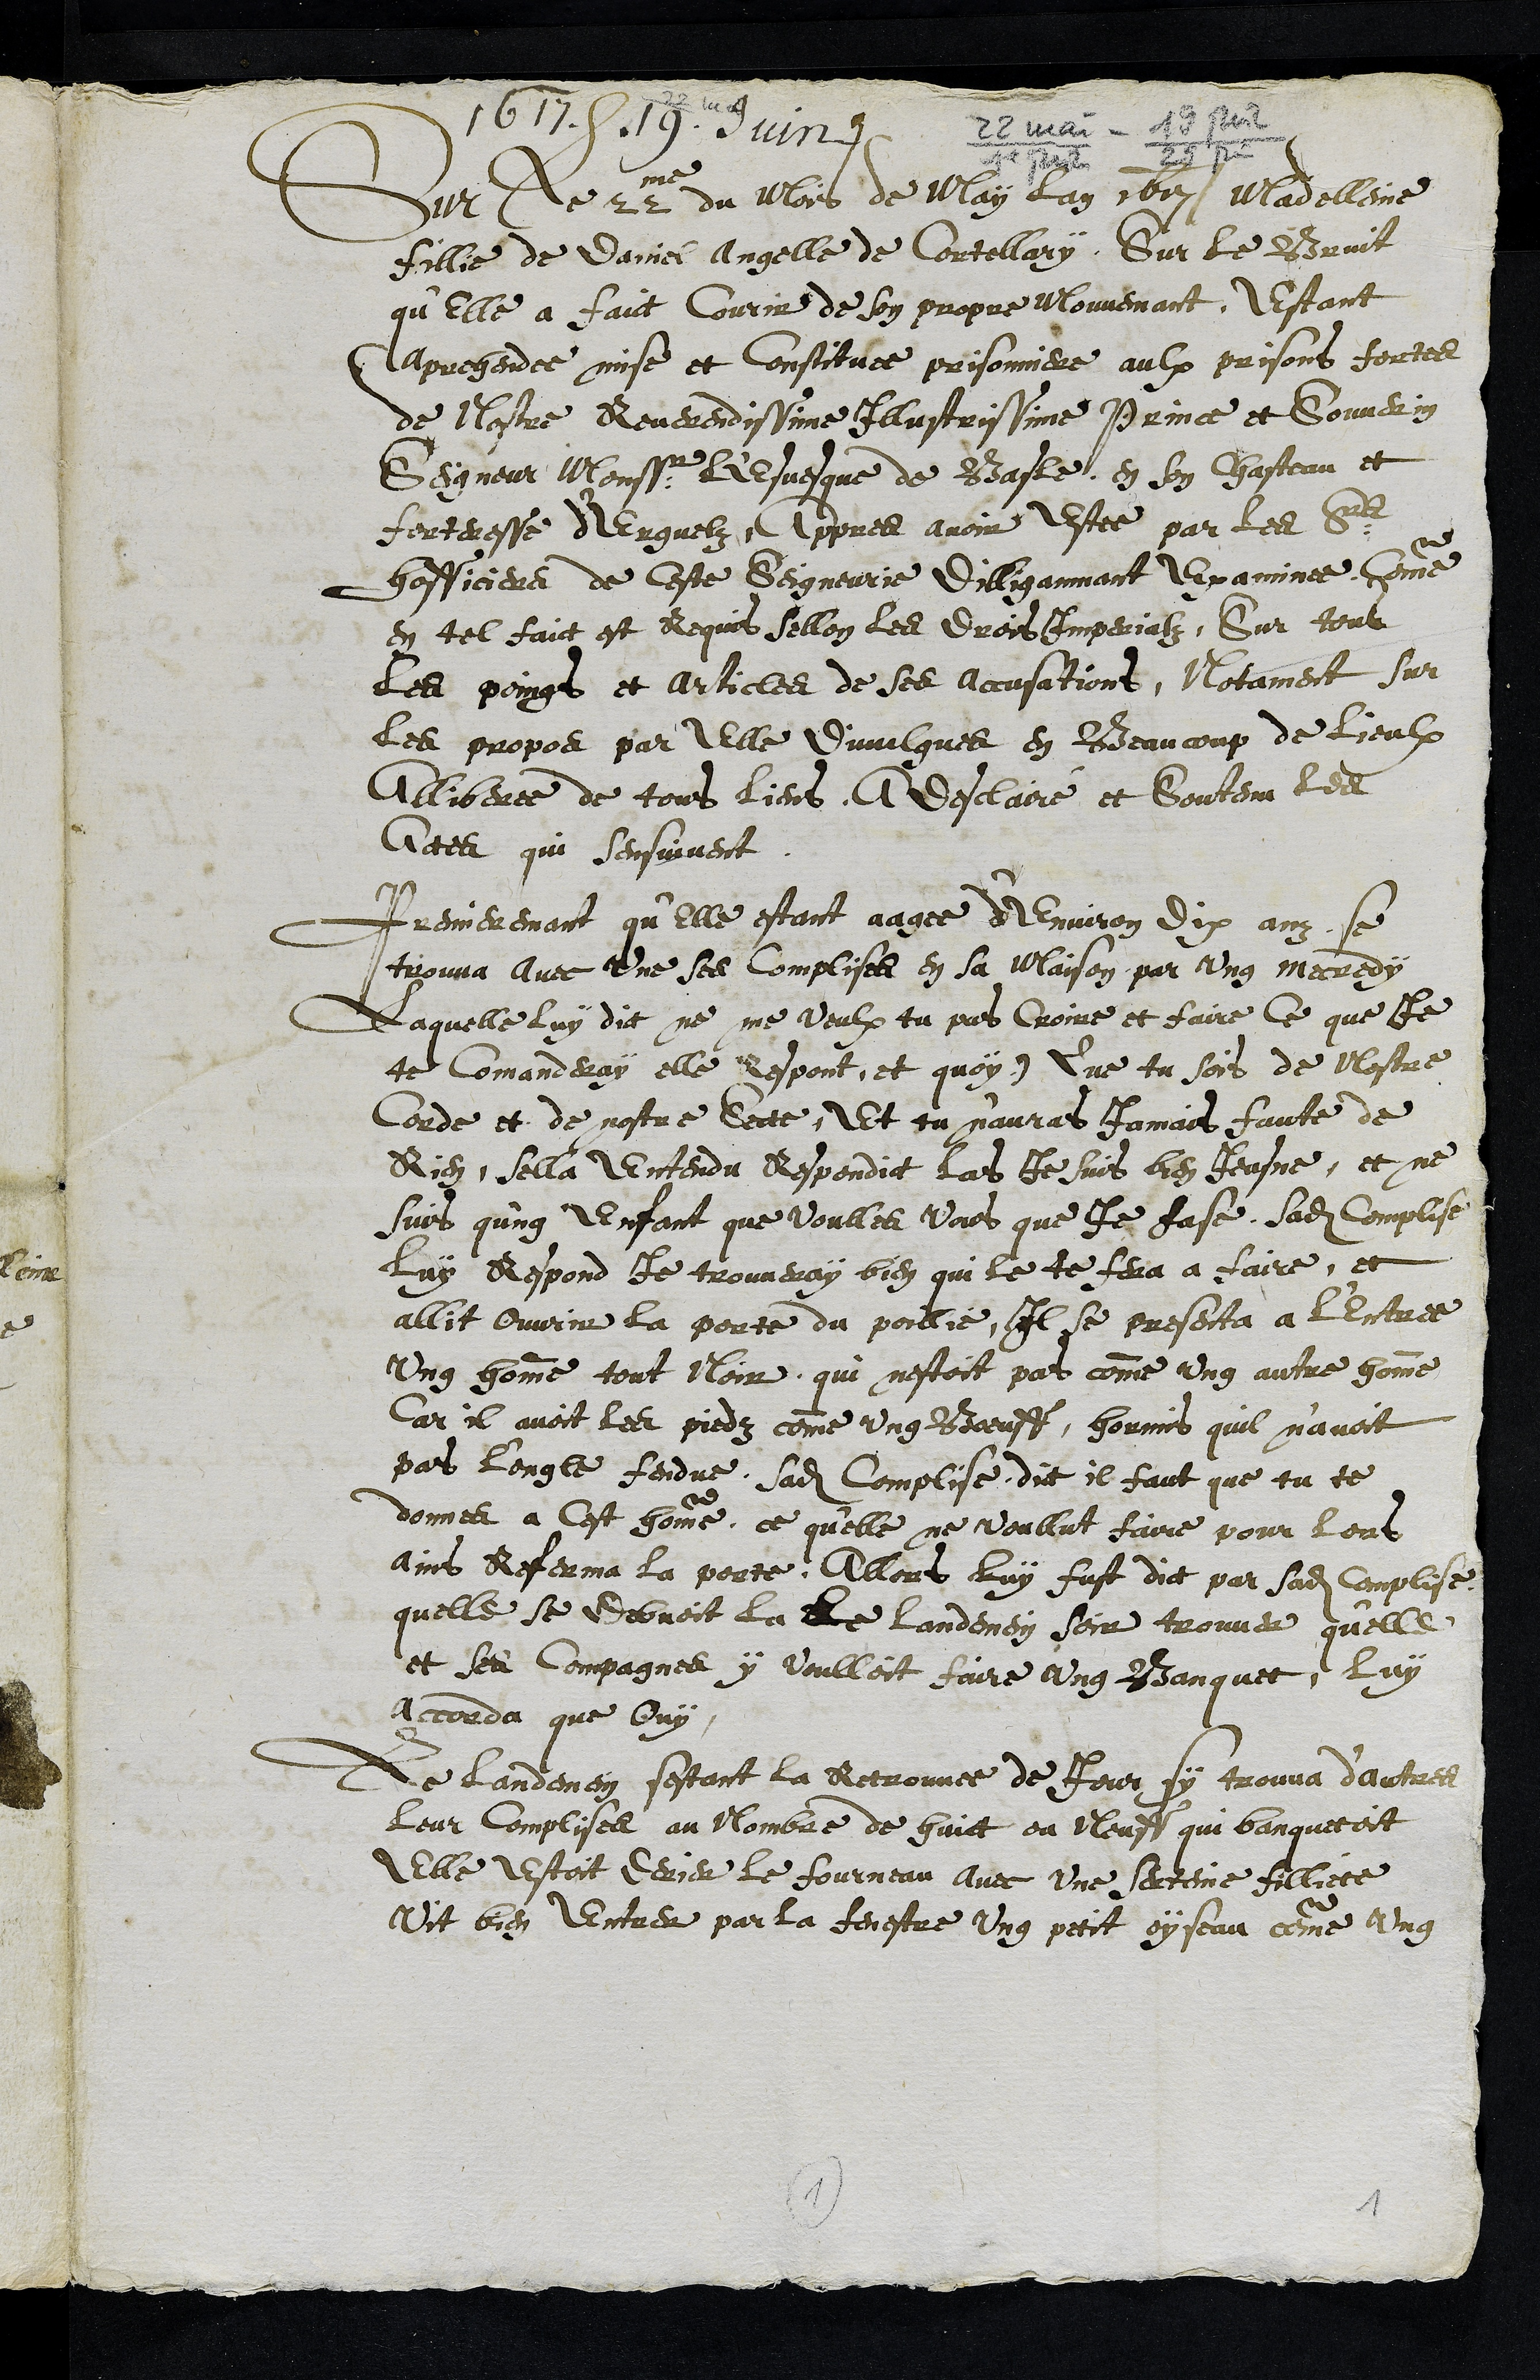
1617. 19. Juin 22 mai - 19 juin
Sur le 22me du mois de May lan 1617 Madelleine
fillie de Daniel Angelle de Cortellary, Sur le Bruit
qu'elle a faict Courir de son propre Mouvemant, Estant
aprehendee mise et constituee prisonniere aulx prisons fortes
de Nostre Reverendissime Illustrissime Prince et Souverin
Seigneur Monssr L'Esvesque de Basle, en son Chasteau et
forteresse d'Erguelz Appres avoir estee par ledit Srs
hofficiers de ceste Seigneurie dilligammant Examinee Comme
en tel faict est Requis sellon les drois Imperialz. Sur tous
les poings et articles de ses accusations, Notament sur
les propos par elle divulgues en Beaucoup de Lieulx
Alliberee de tous liens, A desclairé et Soutenu les
Actes qui sensuivent
Premieremant qu'elle estant aagee d'Environ dix ans se
trouva avec une ses complises en sa Maison par ung mercredy
Laquelle luy dit ne me veulx tu pas croire et faire ce que Je
te Commanderay elle respont, et quoy ? Que tu sois de Nostre
Corde et de nostre Secte, Et tu n'auras Jamais faute de
Rien, Sella entendu Respondict las Je suis bien Jeusne, et ne
suis qung Enfant que voulles vous que je fase, sadite complise
luy Respond Je trouveray bien qui le te fera a faire, et
allit Ouvrir la porte du poillie, Il se presenta a l'entree
Ung homme tout Noir qui nestoit par comme ung aultre homme
Car il avoit les piedz comme ung Boeuff, hormis quil n’avoit
pas L'ongle fendue, sadite Complise, dit il faut que tu te
donnes a Cest homme, ce qu'elle ne voullut faire pour lors
ains Referma la porte, Allors luy fust dict par sadite complise
quelle se debvoit la le landemein soir trouver qu'elle
et ses compagnes y voulloit faire ung Banquet, luy
accorda que ouy
Le landemein sestant la retrouvee de Jour sy trouva d'autres
leur complises au Nombre de huict ou Neuff qui banquetoit
Elle estoit derier le fourneau avec une serteine filliete
Vit bien Entrer par la fenestre ung petit oyseau comme ung
1
1